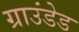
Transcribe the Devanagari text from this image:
ग्राउंडेड